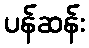
ပန်ဆန်း